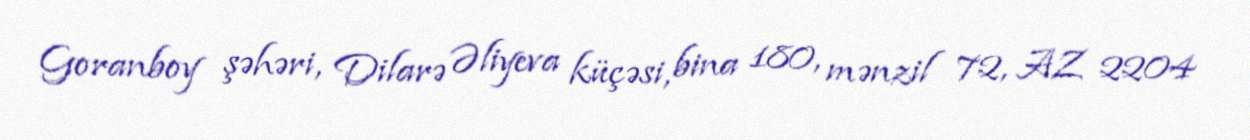
Goranboy şəhəri, Dilarə Əliyeva küçəsi, bina 180, mənzil 72, AZ 2204